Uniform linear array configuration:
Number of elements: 12
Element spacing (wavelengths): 1
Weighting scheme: blackman
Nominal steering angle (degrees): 45
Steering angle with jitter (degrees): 43.016
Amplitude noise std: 0.05
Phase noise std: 0.05

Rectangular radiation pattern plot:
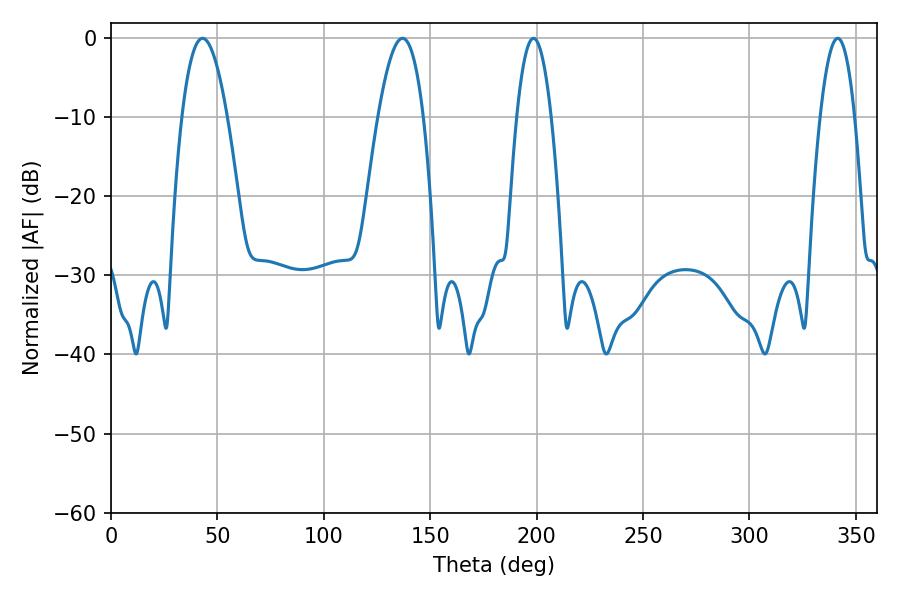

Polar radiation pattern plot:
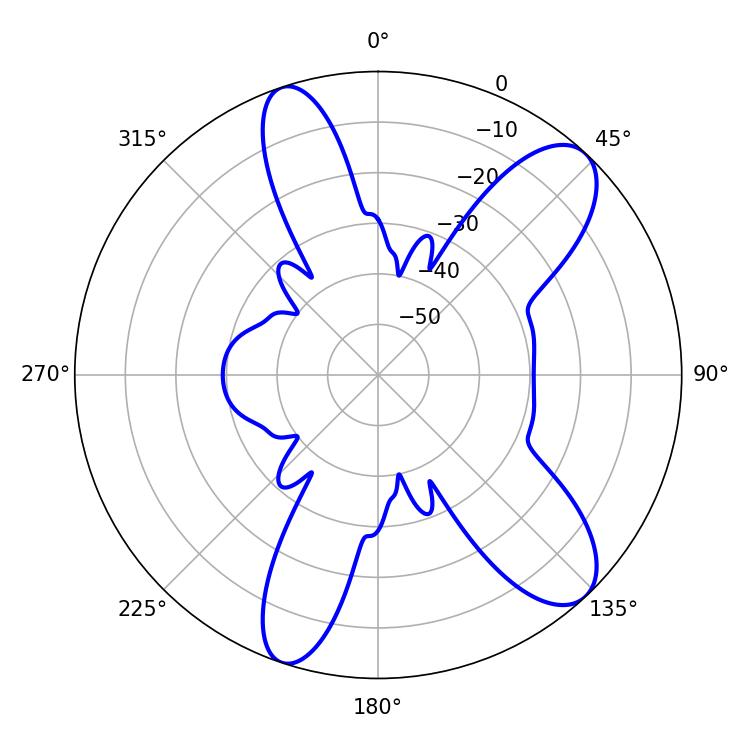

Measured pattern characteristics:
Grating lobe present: TRUE
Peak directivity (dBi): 10.103
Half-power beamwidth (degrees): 11.7
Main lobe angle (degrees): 43.02